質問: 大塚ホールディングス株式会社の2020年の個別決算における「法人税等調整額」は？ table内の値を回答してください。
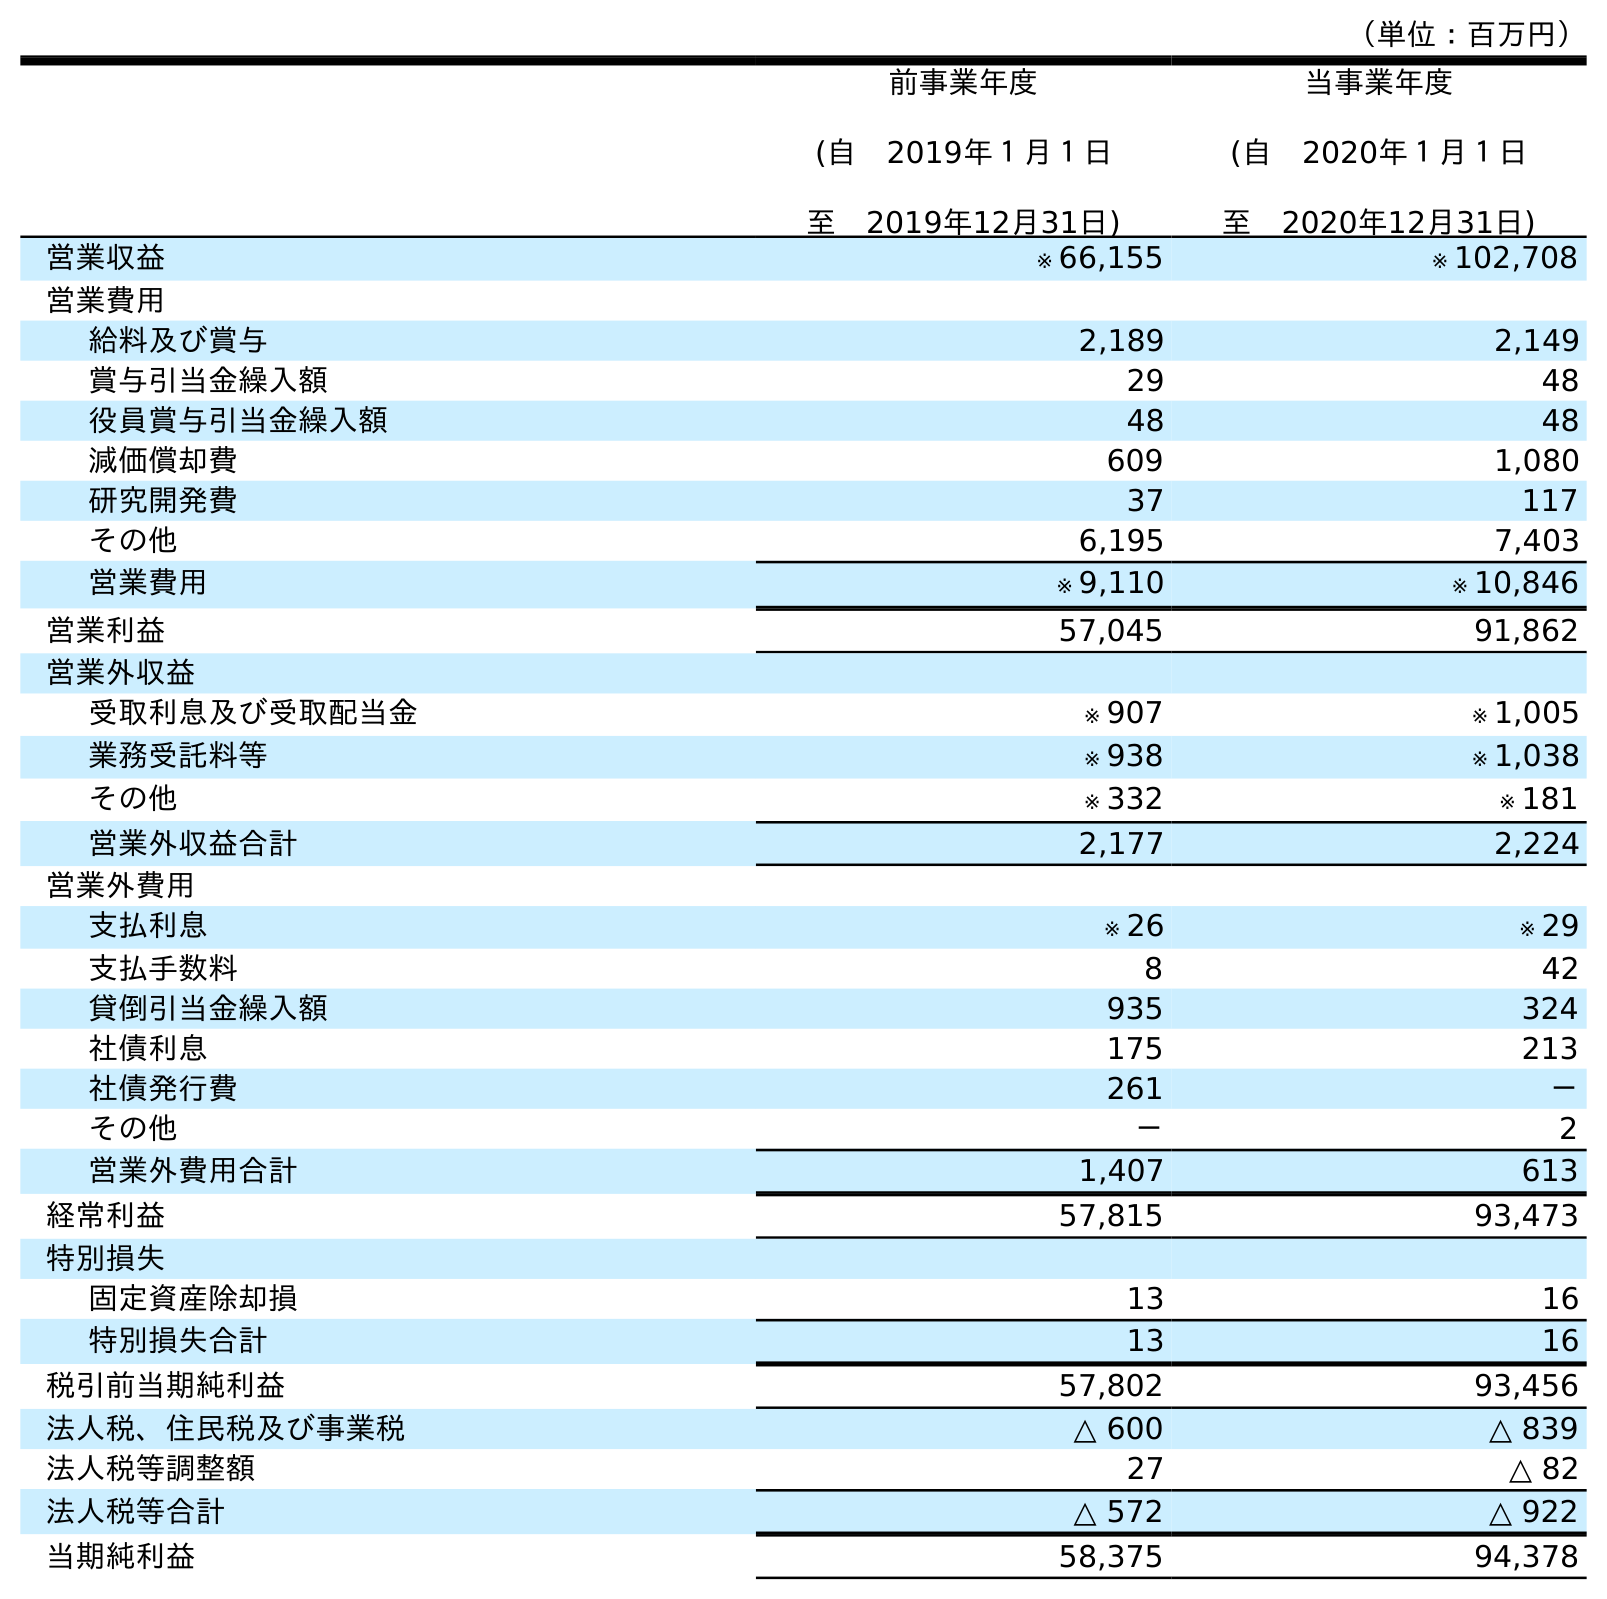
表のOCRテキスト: （単位：百万円） 前事業年度 (自 2019年１月１日 至 2019年12月31日) 当事業年度 (自 2020年１月１日 至 2020年12月31日) 営業収益 ※ 66,155 ※ 102,708 営業費用 給料及び賞与 2,189 2,149 賞与引当金繰入額 29 48 役員賞与引当金繰入額 48 48 減価償却費 609 1,080 研究開発費 37 117 その他 6,195 7,403 営業費用 ※ 9,110 ※ 10,846 営業利益 57,045 91,862 営業外収益 受取利息及び受取配当金 ※ 907 ※ 1,005 業務受託料等 ※ 938 ※ 1,038 その他 ※ 332 ※ 181 営業外収益合計 2,177 2,224 営業外費用 支払利息 ※ 26 ※ 29 支払手数料 8 42 貸倒引当金繰入額 935 324 社債利息 175 213 社債発行費 261 － その他 － 2 営業外費用合計 1,407 613 経常利益 57,815 93,473 特別損失 固定資産除却損 13 16 特別損失合計 13 16 税引前当期純利益 57,802 93,456 法人税、住民税及び事業税 △ 600 △ 839 法人税等調整額 27 △ 82 法人税等合計 △ 572 △ 922 当期純利益 58,375 94,378
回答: △82